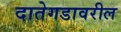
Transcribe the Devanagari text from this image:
दातेगडावरील